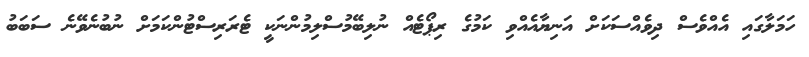
ހަމަލާގައި އެއްވެސް ދިވެއްސަކަށް އަނިޔާއެއްވި ކަމުގެ ރިޕޯޓެއް ނުލިބޭމުސްލިމުންނަކީ ޓެރަރިސްޓުންކަމަށް ނުބުނެވޭނެ ސަބަބު